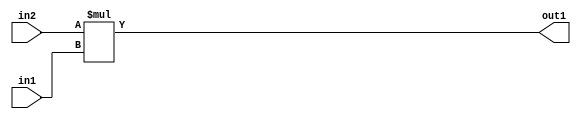
`timescale 1ps / 1ps
/*****************************************************************************
    Verilog RTL Description
    
    
    Created by: Stratus DpOpt 2019.1.01 
*******************************************************************************/

module DC_Filter_Mul_9Ux4U_12U_4 (
	in2,
	in1,
	out1
	); /* architecture "behavioural" */ 
input [8:0] in2;
input [3:0] in1;
output [11:0] out1;
wire [11:0] asc001;

assign asc001 = 
	+(in2 * in1);

assign out1 = asc001;
endmodule

/* CADENCE  ubD3SAE= : u9/ySgnWtBlWxVPRXgAZ4Og= ** DO NOT EDIT THIS LINE ******/